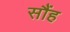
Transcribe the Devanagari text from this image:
सौंह